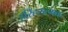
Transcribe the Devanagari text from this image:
हरिहरात्मक